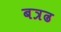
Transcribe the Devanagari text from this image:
बत्रढ